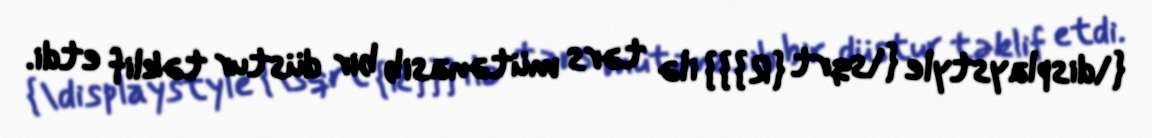
{\displaystyle {\sqrt {R}}} ilə tərs mütənasib bir düstur təklif etdi.